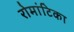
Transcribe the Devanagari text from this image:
रोमांटिका